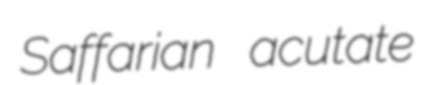
Saffarian acutate